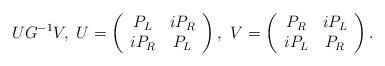
LaTeX: \begin{align*}U G^{-1}V, \, \,U=\left(\begin{array}{cc}P_L & iP_R \\i P_R & P_L\end{array}\right),\,\, V=\left(\begin{array}{cc}P_R & iP_L \\i P_L & P_R\end{array}\right).\end{align*}